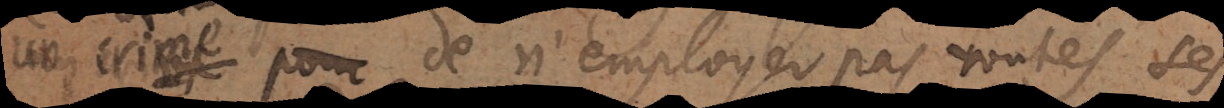
un crime de n’employer pas toutes ses